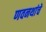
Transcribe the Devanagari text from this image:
णवनथांचे